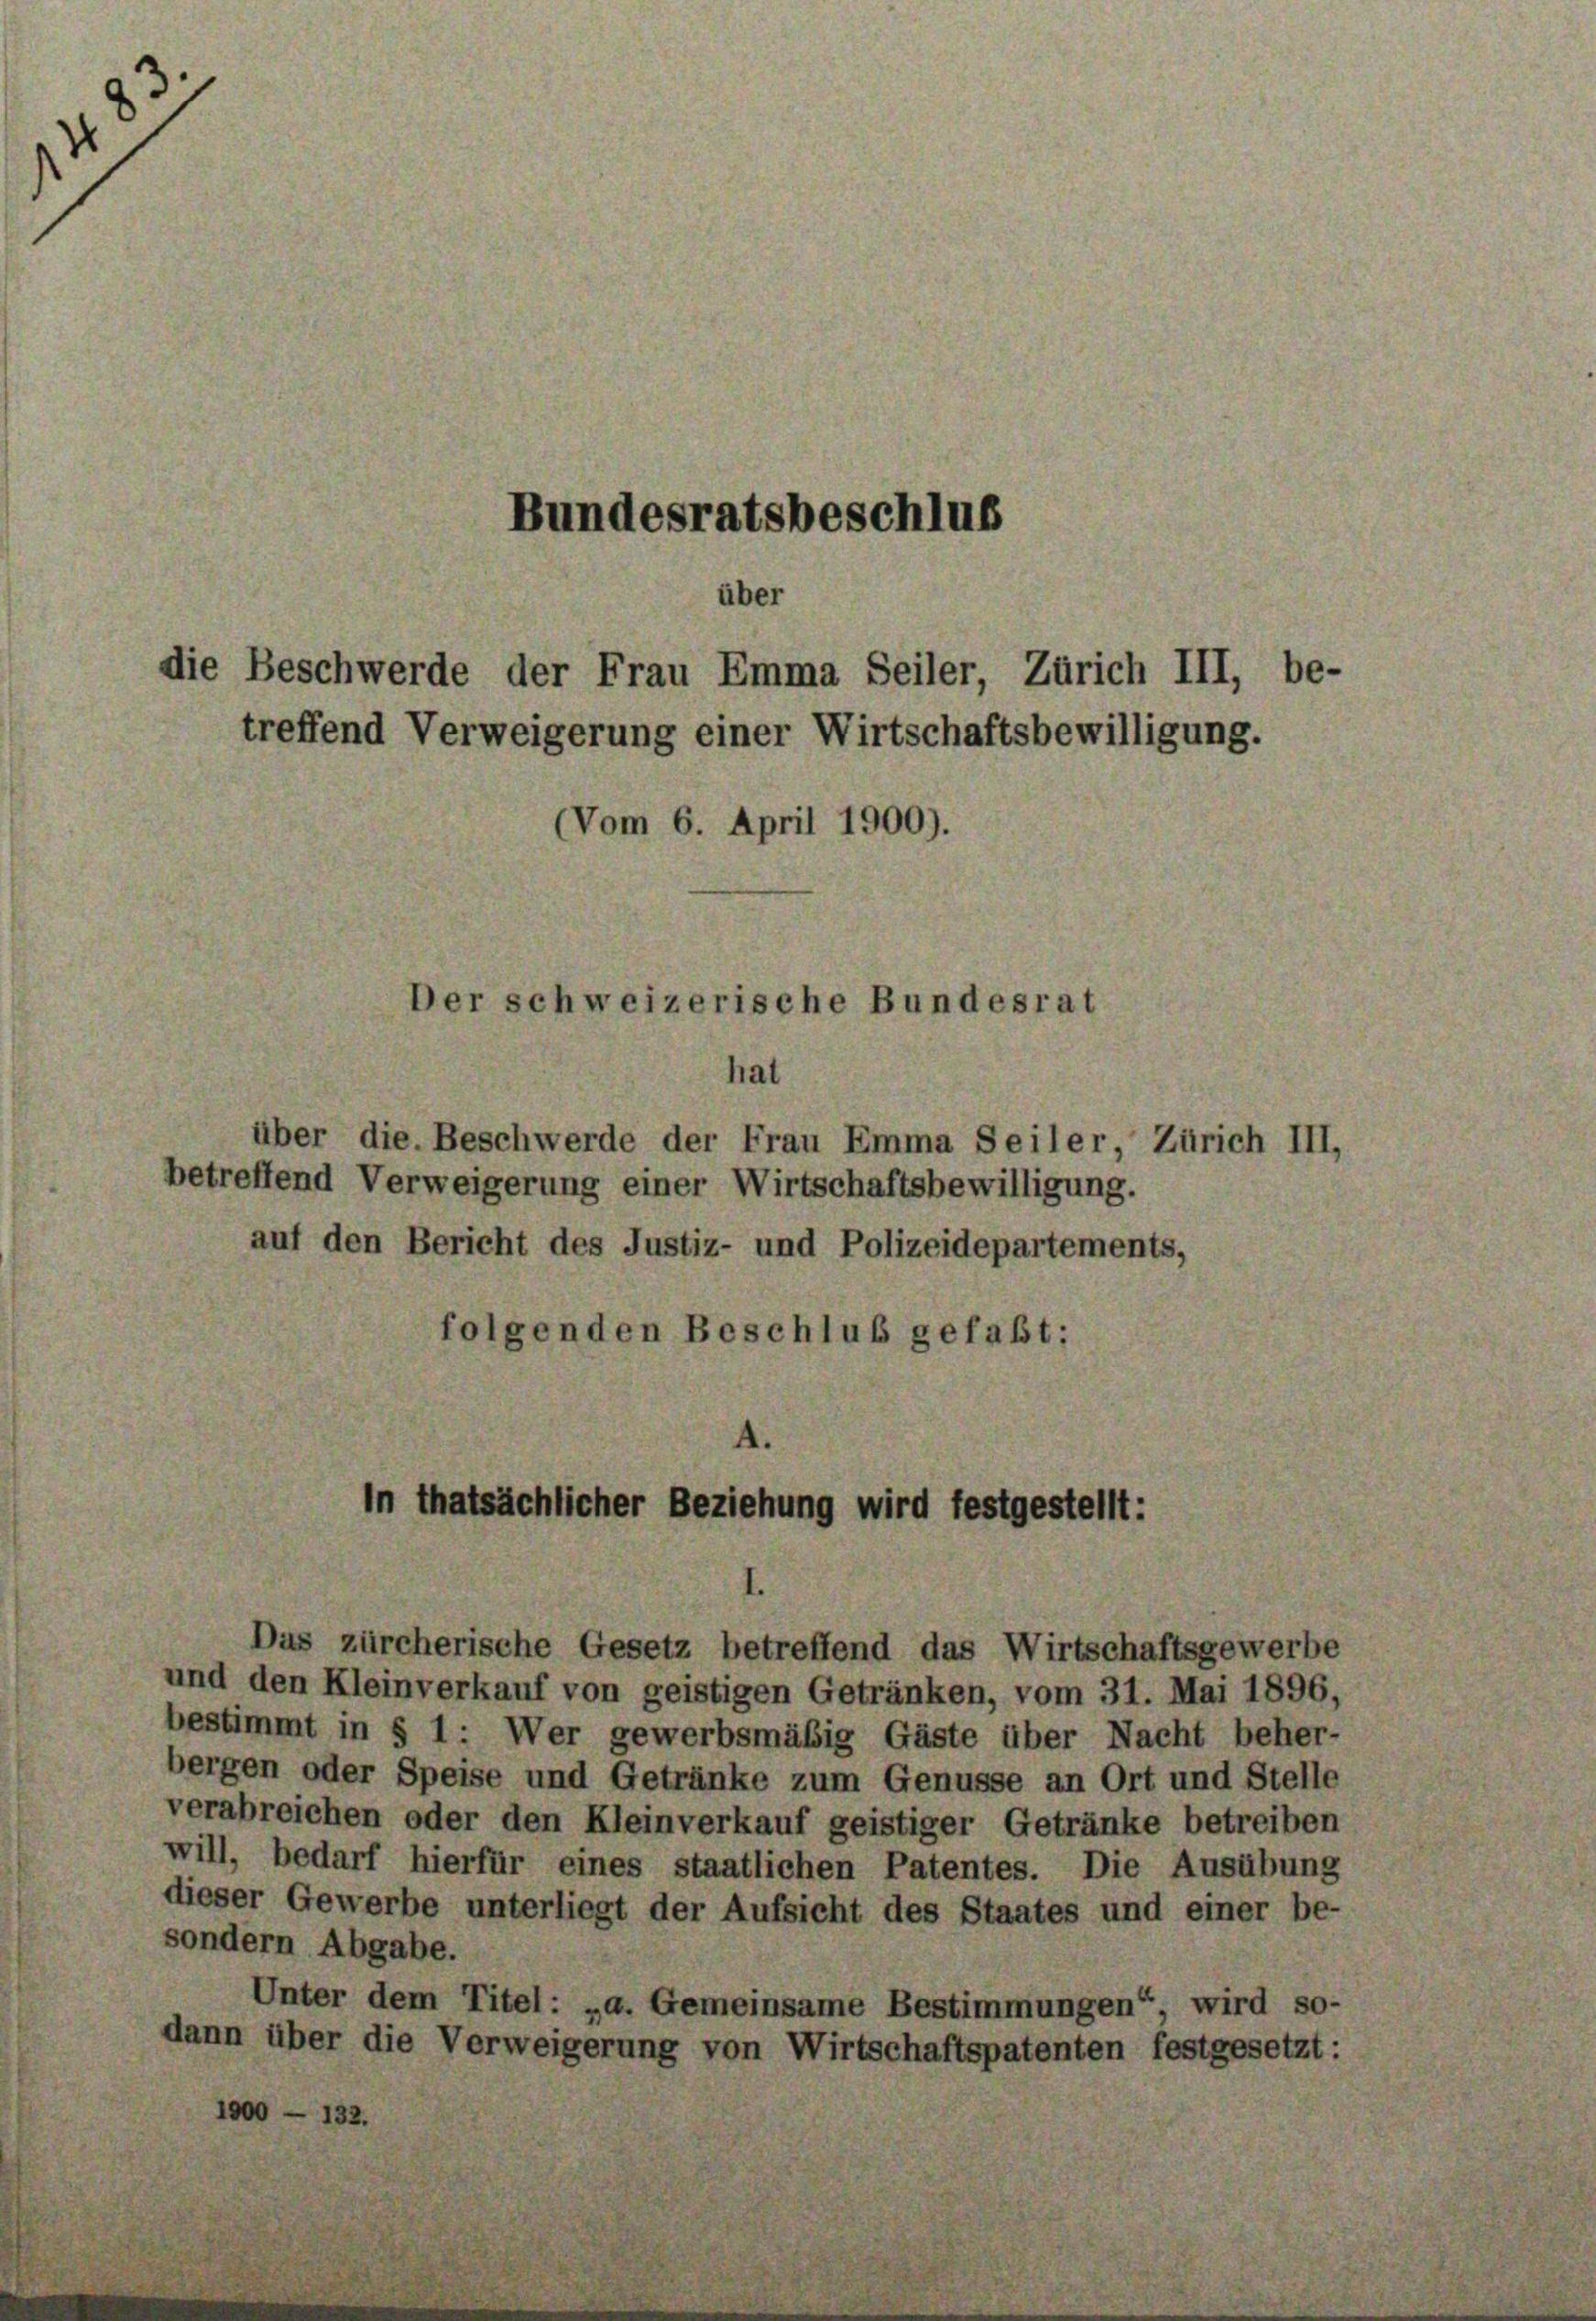
über
die Beschwerde der Frau Emma Seiler, Zürich III, be-
treffend Verweigerung einer Wirtschaftsbewilligung.
Vom 6. April 1900).
er schweizerische Bundesrat
hat

Bundesratsbeschlus

über die. Beschwerde der Frau Emma Seiler, Zürich III,
betreffend Verweigerung einer Wirtschaftsbewilligung.
auf den Bericht des Justiz- und Polizeidepartements,
folgenden Beschluß gefaßt:

und den Kleinverkauf von geistigen Getränken, vom 31. Mai 1896,
bestimmt in § 1: Wer gewerbsmäßig Gäste über Nacht beher-
bergen oder Speise und Getränke zum Genüsse an Ort und Stelle
verabreichen oder den Kleinverkauf geistiger Getränke betreiben
will, bedarf hierfür eines staatlichen Patentes. Die Ausübung
dieser Gewerbe unterliegt der Aufsicht des Staates und einer be-
sondern Abgabe.
Unter dem Titel: „a. Gemeinsame Bestimmungen“ wird so-
dann über die Verweigerung von Wirtschaftspatenten festgesetzt:
1900 — 132.

In thatsächlicher Beziehung wird festgestellt:

Das zürcherische Gesetz betreffend das Wirtschaftsgewerbe